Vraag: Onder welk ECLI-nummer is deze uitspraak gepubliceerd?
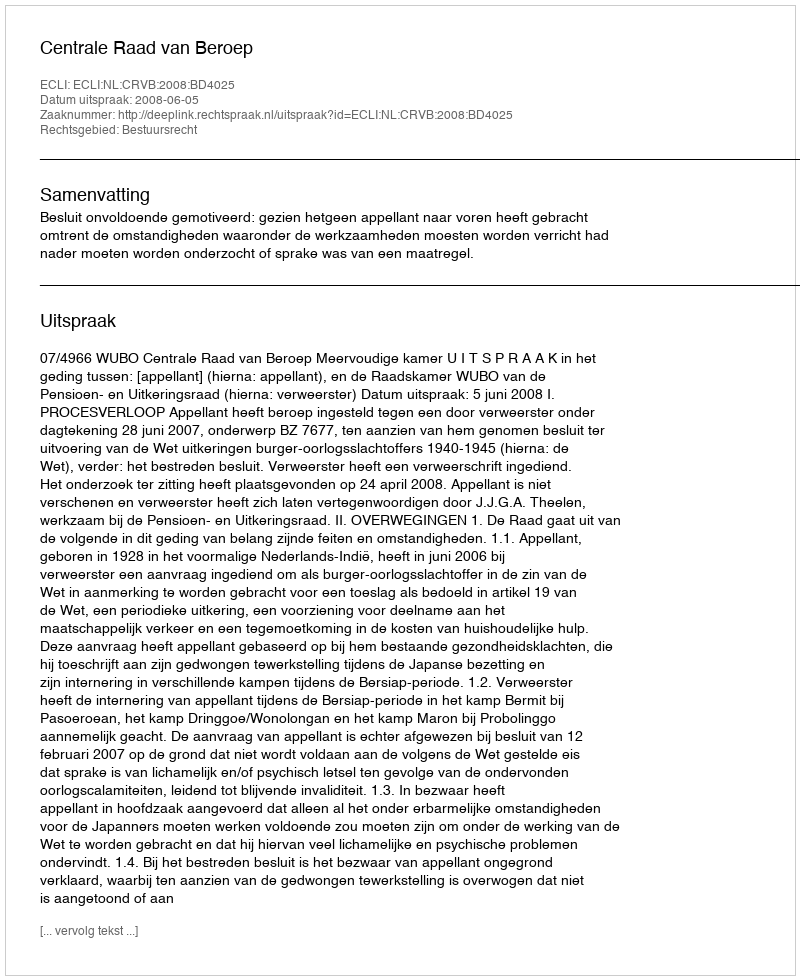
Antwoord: ECLI:NL:CRVB:2008:BD4025